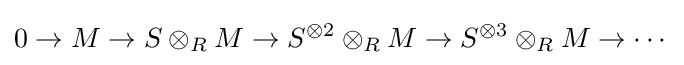
0\to M\to S\otimes _{R}M\to S^{\otimes 2}\otimes _{R}M\to S^{\otimes 3}\otimes _{R}M\to \cdots